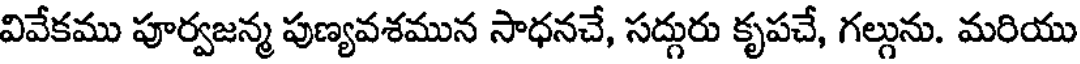
వివేకము పూర్వజన్మ పుణ్యవశమున సాధనచే, సద్గురు కృపచే, గల్గును. మరియు